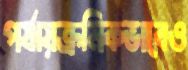
পর্যায়ক্রমিকভাবেও